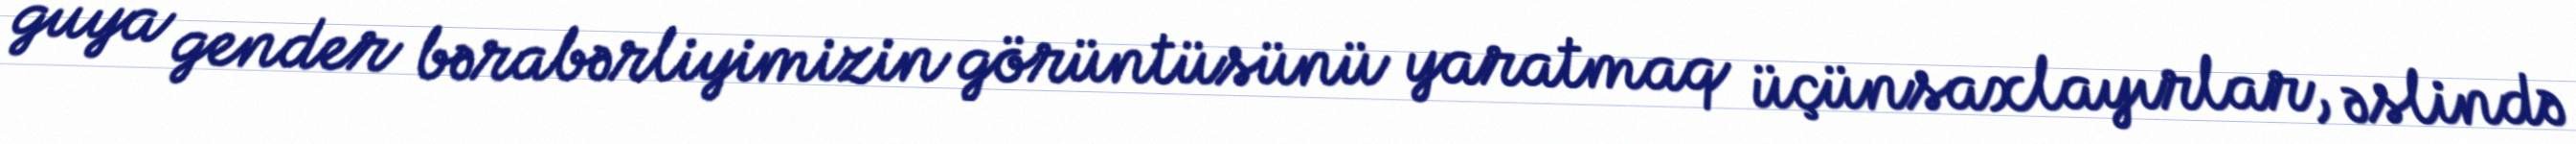
guya gender bərabərliyimizin görüntüsünü yaratmaq üçünsaxlayırlar, əslində